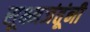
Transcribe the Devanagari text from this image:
सूक्ष्मजंतूंनी